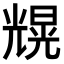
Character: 𠒼